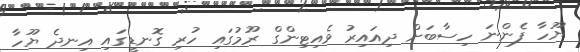
ޔޫހާ ފެންނަ ހިސާބަށް ދިއައިރު ވެއިޓިންގް ރޫމުގައި ހުރި ގޮނޑީގައި އިނދެ ޔޫހާ